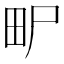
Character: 𤰨